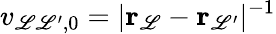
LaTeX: v_{\mathscr{L}\mathscr{L}^{\prime},0}=|{\mathbf{r}}_{\mathscr{L}}-{\mathbf{r}}_{\mathscr{L}^{\prime}}|^{-1}